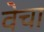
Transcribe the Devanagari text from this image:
वेचा